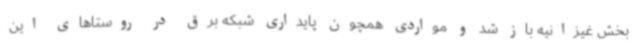
بخش غیزانیه باز شد و مواردی همچون پایداری شبکه برق در روستاهای این